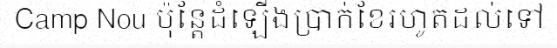
Camp Nou ប៉ុន្តែដំឡើងប្រាក់ខែរហូតដល់ទៅ